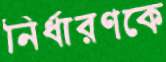
নির্ধারণকে